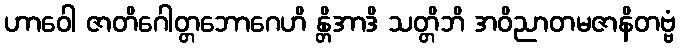
ဟာဝေါ ဇာတိဂေါတ္တဘောဂေဟိ န္တိအာဒိ သတ္တိဘိ အဝိညာတမဇာနိတဗ္ဗံ